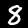
Digit: 8